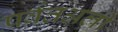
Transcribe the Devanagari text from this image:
पर्वतअली